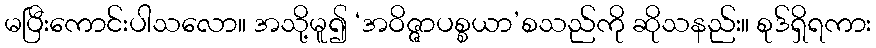
မပြီးကောင်းပါသလော။ အသို့မူ၍ ‘အဝိဇ္ဇာပစ္စယာ’စသည်ကို ဆိုသနည်း။ စုဒ်ရှိရကား